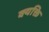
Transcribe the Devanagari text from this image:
क्यक्ति